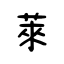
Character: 萊